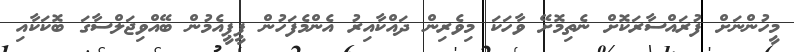
މީހުންނަށް ފުރައްސާރަކޮށް ނެތިމޮށޭ ވާހަކަ މިވެރިން ދައްކާއިރު އެންމެފަހުން ޕީޕީއެމުން ބޭއްވިޖަލްސާގަ ބޮކަކާއި